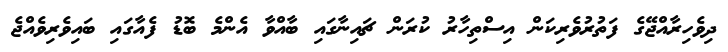
ދިިވެހިރާއްޖޭގެ ފަތުރުވެރިކަން އިސްތިހާރު ކުރަން ޗައިނާގައި ބާއްވާ އެންމެ ބޮޑުު ފެއާގައި ބައިވެރިވެއްޖެ